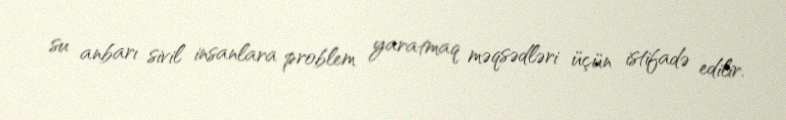
su anbarı sivil insanlara problem yaratmaq məqsədləri üçün istifadə edilir.